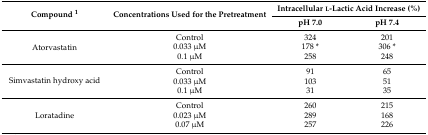
| <ROWSPAN=2> Compound 1 | <ROWSPAN=2> Concentrations Used for the Pretreatment | <COLSPAN=2> Intracellular l-Lactic Acid Increase (%) |
 | pH 7.0 | pH 7.4 |
 | --- | --- | --- | --- |
 | <ROWSPAN=3> Atorvastatin | Control | 324 | 201 |
 | 0.033 μM | 178 * | 306 * |
 | 0.1 μM | 258 | 248 |
 | <ROWSPAN=3> Simvastatin hydroxy acid | Control | 91 | 65 |
 | 0.033 μM | 103 | 51 |
 | 0.1 μM | 31 | 35 |
 | <ROWSPAN=3> Loratadine | Control | 260 | 215 |
 | 0.023 μM | 289 | 168 |
 | 0.07 μM | 257 | 226 |